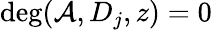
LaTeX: \deg(\mathcal{A},D_{j},z)=0